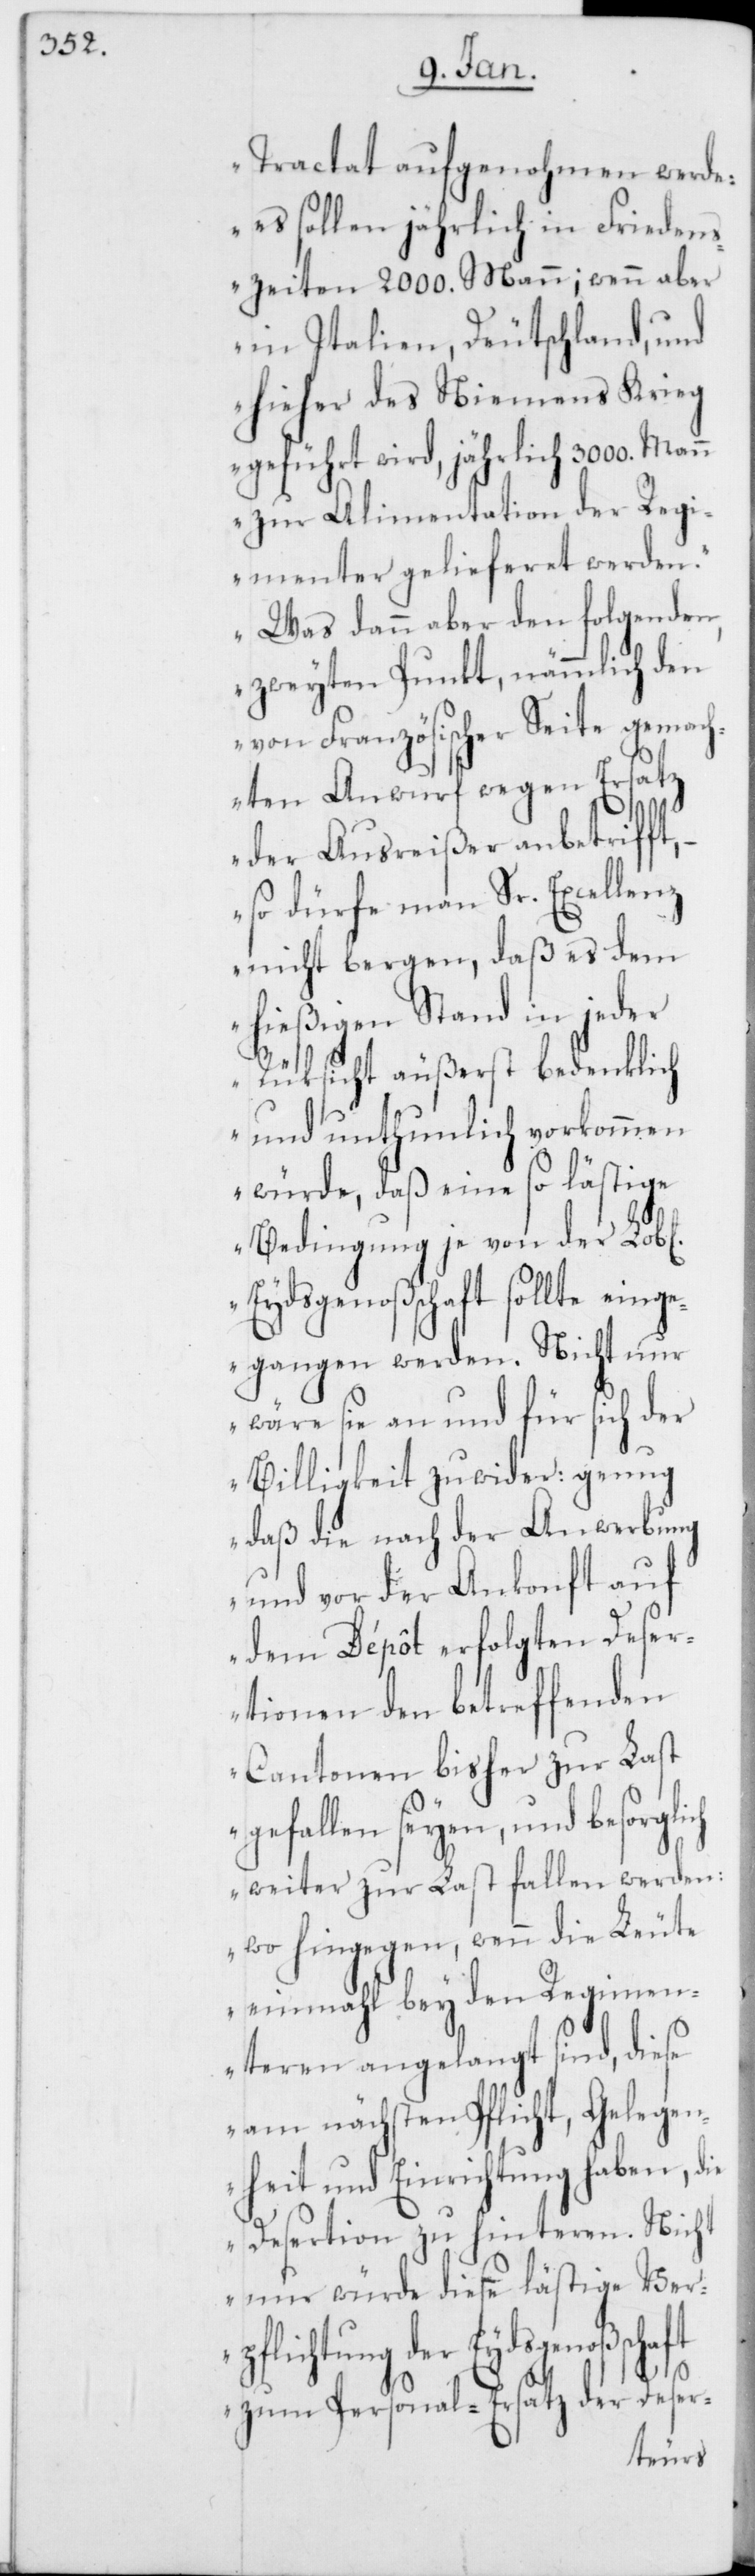
Tractat aufgenohmen werde:
es sollen jährlich in Frieden¬
szeiten 200. Mann; wenn aber
in Italien, Deutschland, und
hieher des Niemens Krieg
geführt wird, jährlich 3000. Mann
zur Alimentation der Regi¬
menter gelieferet werden.
Was dann aber den folgenden,
zweyten Punkt, nämmlich den
von Französischer Seite gemach¬
ten Anwurf wegen Ersatz
der Ausreißer anbetrifft,
so dürfe man Sr. Excellenz
nicht bergen, daß es dem
hießigen Stand in jed¬
er Rüksicht äußerst bedenklich
und unthunlich vorkommen
würde, daß eine so lästige
Bedingung je von der Lob[li¬
Eydsgenoßschaft sollte eing¬
egangen werden. Nicht nur
wäre sie an und für sich der
Billigkeit zuwider: genug
daß die nach der Anwerbung
und vor der Ankonft auf
dem Dépôt erfolgten Deser¬
tionen den betreffenden
Cantonen bisher zur Last
gefallen seyen, und besorgl¬
ich weiter zur Last fallen werden:
wo hingegen, wenn die Leute
einmahl bey den Regimen¬
teren angelangt sind, diese
am nächsten Pflicht, Gelegen¬
heit und Einrichtung haben, die
Desertion zu hinteren. Nicht
nur würde diese lästige Verp¬
sgenoßschaft
zum Personal-Ersatz der Deser-
chen]